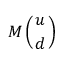
M \left( { u \atop d } \right)